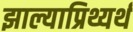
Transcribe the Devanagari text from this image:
झाल्याप्रिथ्यर्थ